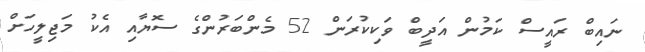
ނައިބް ރައީސް ކަމުން އަދީބް ވަކިކުރަން 52 މެންބަރުންގެ ސޮޔާއި އެކު މަޖިލީހަށް